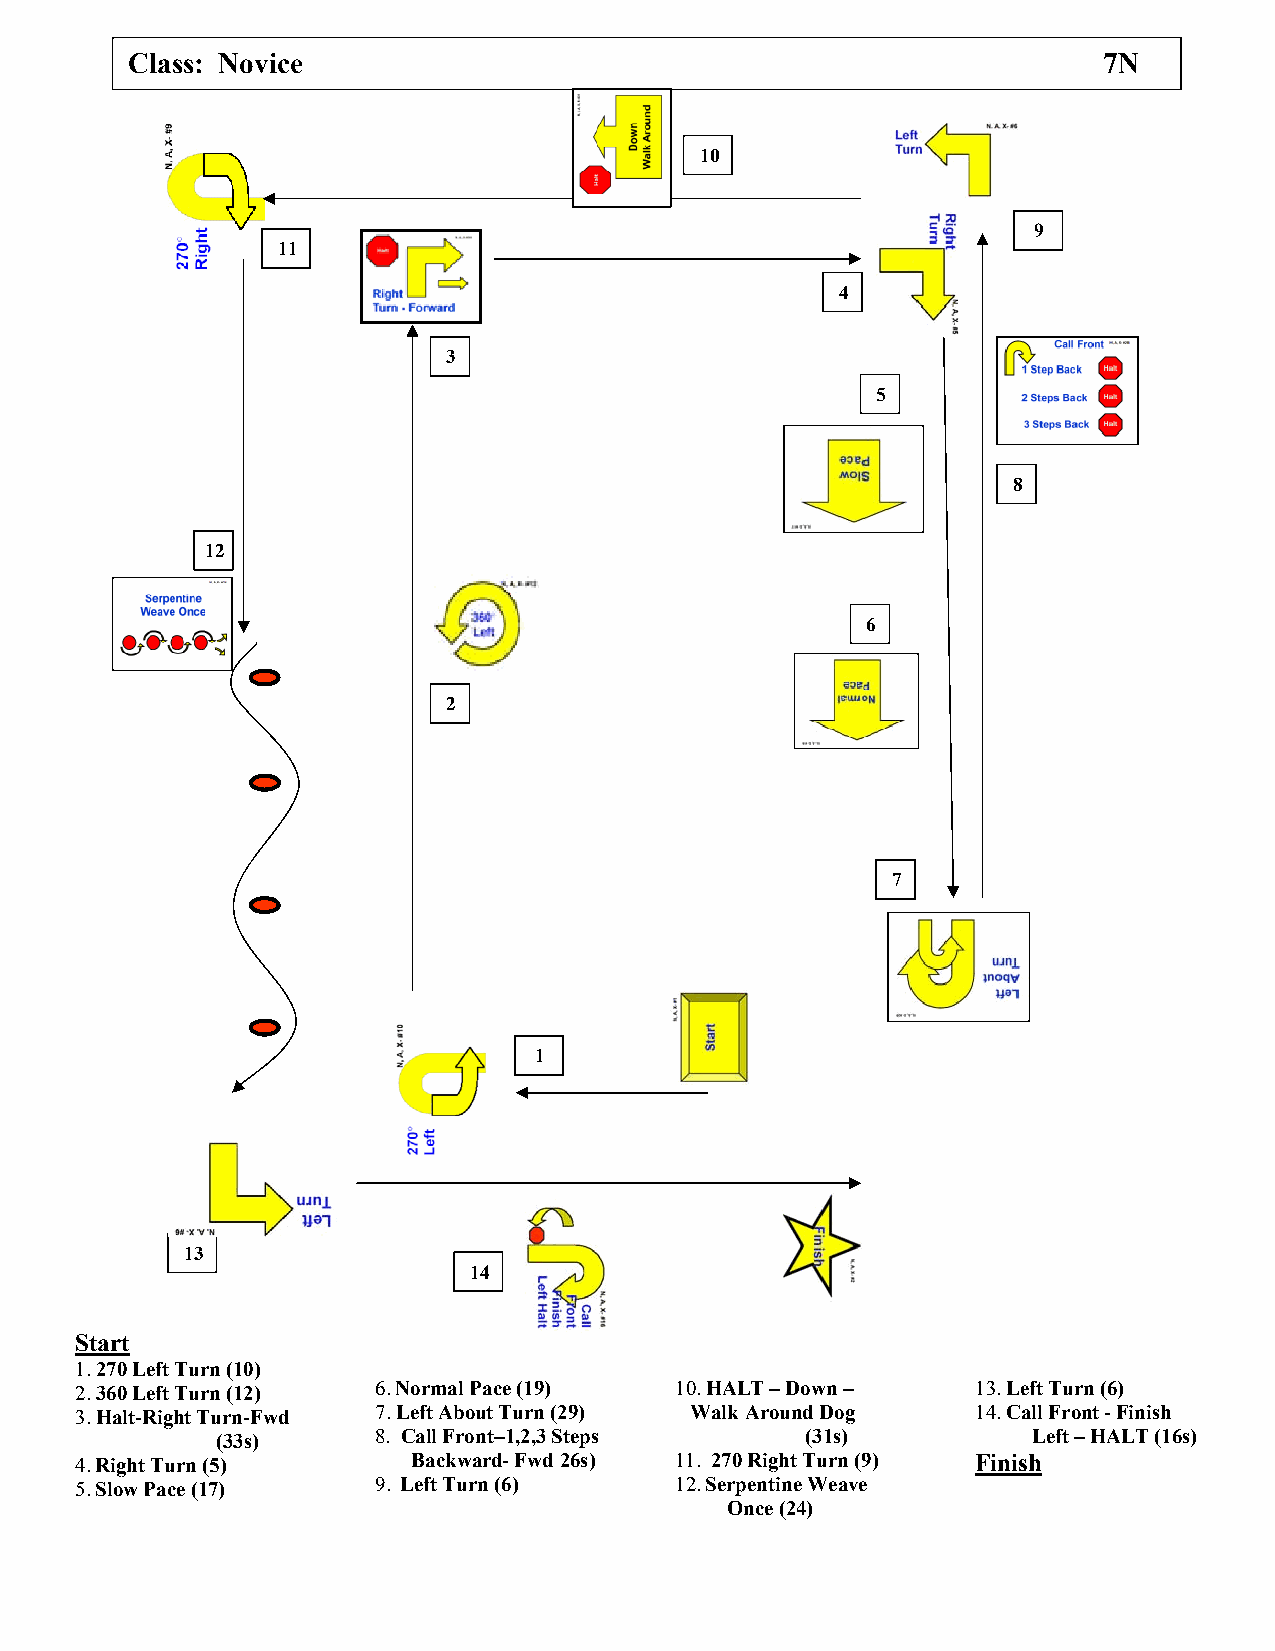
Class: Novice                                                    7N
 10
 9
 11
 4
 3
 5
 8
 12
 6
 2
 7
 1
 13
 14
 Start
 1. 270 Left Turn (10)
 2. 360 Left Turn (12) 6. Normal Pace (19) 10. HALT – Down – 13. Left Turn (6)
 3. Halt-Right Turn-Fwd 7. Left About Turn (29) Walk Around Dog 14. Call Front - Finish
 (33s)      8. Call Front–1,2,3 Steps   (31s)          Left – HALT (16s)
 4. Right Turn (5)     Backward- Fwd 26s) 11. 270 Right Turn (9) Finish
 5. Slow Pace (17)   9. Left Turn (6)    12. Serpentine Weave
 Once (24)